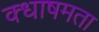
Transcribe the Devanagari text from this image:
क्धाषमता